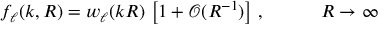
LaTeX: f _ { \ell } ( k , R ) = w _ { \ell } ( k R ) \, \left[ 1 + \mathcal { O } ( R ^ { - 1 } ) \right] \, , \qquad \quad R \to \infty